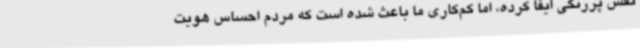
نقش پررنگی ایفا کرده، اما کم‌کاری ما باعث شده است که مردم احساس هویت